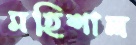
মহিশাল